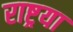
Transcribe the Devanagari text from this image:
राष्ट्रया